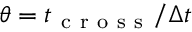
\theta = t _ { \mathrm { ~ c ~ r ~ o ~ s ~ s ~ } } / \Delta t